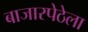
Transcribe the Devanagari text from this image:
बाजारपेठेला